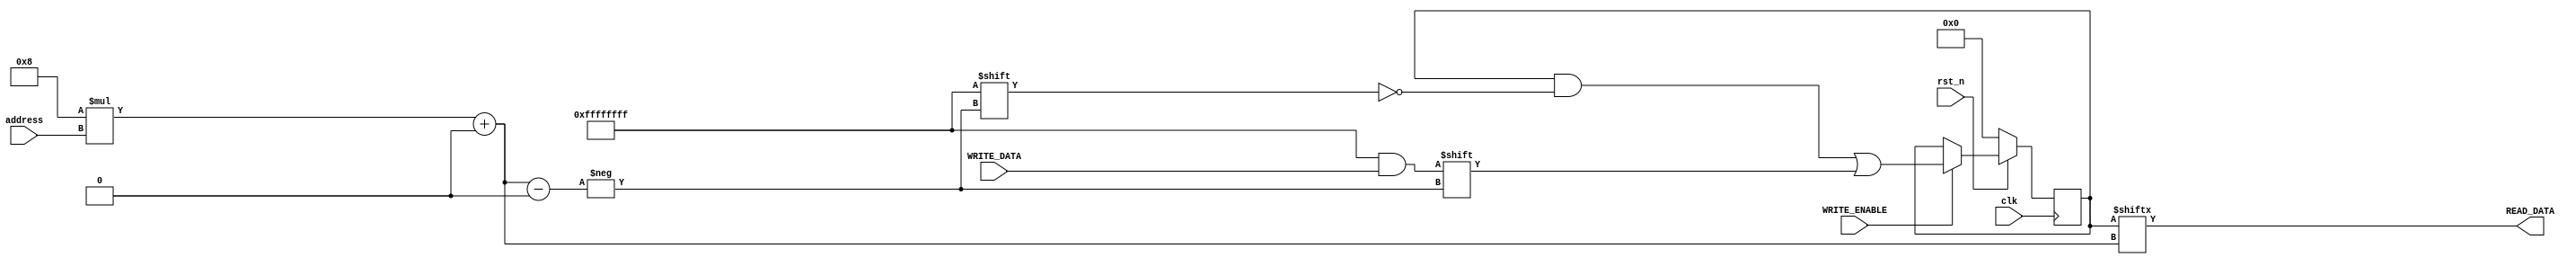
`timescale 1ns / 1ps

module data_mem(
    input clk,
    input rst_n,
    input [31:0] address,
    input WRITE_ENABLE,
    input [31:0] WRITE_DATA,
    output reg [31:0] READ_DATA
);
    reg [2047:0] mem_file;
always @(*) begin
    READ_DATA <= mem_file[8*address +: 32];
end
always @ (posedge clk) begin
    if (!rst_n) begin
        mem_file <= 2048'b0;
    end
    else if (WRITE_ENABLE) begin
        mem_file[8*address +: 32] <= WRITE_DATA;
    end
end
endmodule